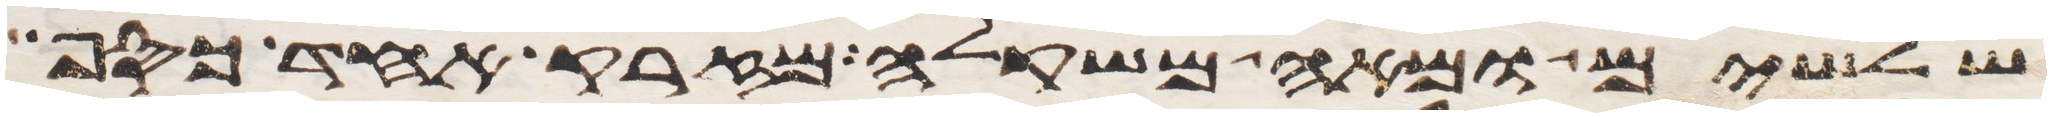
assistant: שלשים ומאה משקלה מזרק אחד כסף